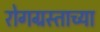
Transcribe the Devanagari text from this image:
रोगग्रस्ताच्या